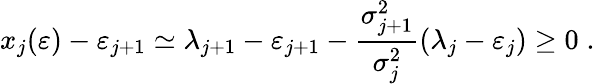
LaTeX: x_{j}(\varepsilon)-\varepsilon_{j+1}\simeq\lambda_{j+1}-\varepsilon_{j+1}-\frac{\sigma_{j+1}^{2}}{\sigma_{j}^{2}}(\lambda_{j}-\varepsilon_{j})\geq 0\; .